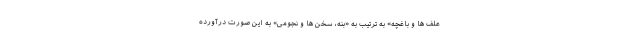
علف ها و باغچه» به ترتیب به «بنه، سخن ها و نجومی» به این صورت درآورده